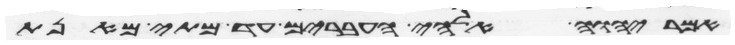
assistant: אמר יהוה אלהי העברים עד מתי מאנת